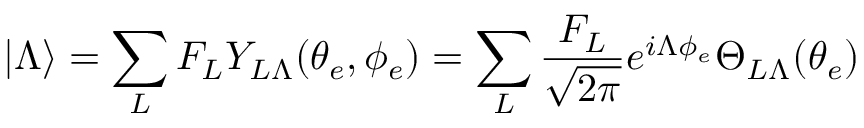
| \Lambda \rangle = \sum _ { L } F _ { L } Y _ { L \Lambda } ( \theta _ { e } , \phi _ { e } ) = \sum _ { L } \frac { F _ { L } } { \sqrt { 2 \pi } } e ^ { i \Lambda \phi _ { e } } \Theta _ { L \Lambda } ( \theta _ { e } )